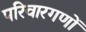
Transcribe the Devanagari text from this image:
परिवारगणों